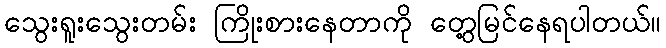
သွေးရူးသွေးတမ်း ကြိုးစားနေတာကို တွေ့မြင်နေရပါတယ်။